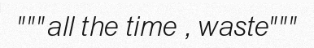
"""all the time , waste"""